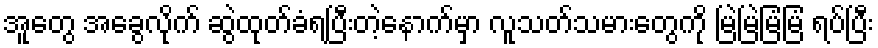
အူတွေ အခွေလိုက် ဆွဲထုတ်ခံရပြီးတဲ့နောက်မှာ လူသတ်သမားတွေကို မြဲမြဲမြံမြံ ရပ်ပြီး